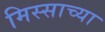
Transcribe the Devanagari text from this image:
मिस्साच्या